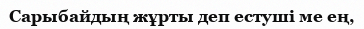
Сарыбайдың жұрты деп естуші ме ең,